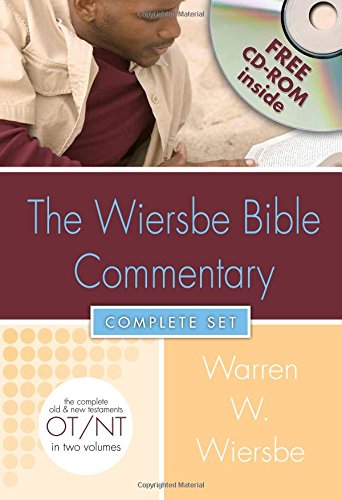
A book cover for Wiersbe Bible Commentary 2 Vol Set w/CD Rom (Wiersbe Bible Commentaries); Warren W. Wiersbe; Christian Books & Bibles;